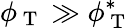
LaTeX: \phi_{\mathrm{~T~}}\gg\phi_{\mathrm{~T~}}^{*}